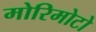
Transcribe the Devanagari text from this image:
मोरिमोटो